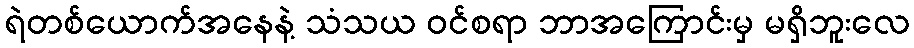
ရဲတစ်ယောက်အနေနဲ့ သံသယ ဝင်စရာ ဘာအကြောင်းမှ မရှိဘူးလေ